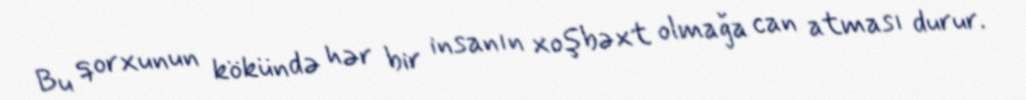
Bu qorxunun kökündə hər bir insanın xoşbəxt olmağa can atması durur.